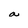
Character: a